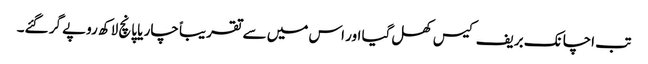
تب اچانک بریف کیس کھل گیا اور اس میں سے تقریباً چار یا پانچ لاکھ روپے گر گئے۔